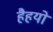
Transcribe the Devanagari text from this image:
हैहयो